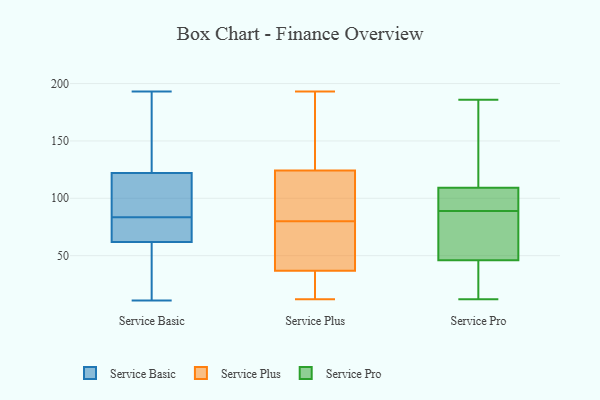
{"axis": {"x": "Operating Costs (USD K)", "y": "Value"}, "legend": ["Service Basic", "Service Plus", "Service Pro"], "data": [{"x": "", "y": 193, "type": "Service Basic"}, {"x": "", "y": 35, "type": "Service Basic"}, {"x": "", "y": 94, "type": "Service Basic"}, {"x": "", "y": 62, "type": "Service Basic"}, {"x": "", "y": 34, "type": "Service Basic"}, {"x": "", "y": 100, "type": "Service Basic"}, {"x": "", "y": 155, "type": "Service Basic"}, {"x": "", "y": 69, "type": "Service Basic"}, {"x": "", "y": 73, "type": "Service Basic"}, {"x": "", "y": 97, "type": "Service Basic"}, {"x": "", "y": 122, "type": "Service Basic"}, {"x": "", "y": 70, "type": "Service Basic"}, {"x": "", "y": 11, "type": "Service Basic"}, {"x": "", "y": 174, "type": "Service Basic"}, {"x": "", "y": 80, "type": "Service Plus"}, {"x": "", "y": 152, "type": "Service Plus"}, {"x": "", "y": 170, "type": "Service Plus"}, {"x": "", "y": 73, "type": "Service Plus"}, {"x": "", "y": 115, "type": "Service Plus"}, {"x": "", "y": 30, "type": "Service Plus"}, {"x": "", "y": 193, "type": "Service Plus"}, {"x": "", "y": 60, "type": "Service Plus"}, {"x": "", "y": 33, "type": "Service Plus"}, {"x": "", "y": 93, "type": "Service Plus"}, {"x": "", "y": 22, "type": "Service Plus"}, {"x": "", "y": 108, "type": "Service Plus"}, {"x": "", "y": 54, "type": "Service Plus"}, {"x": "", "y": 12, "type": "Service Plus"}, {"x": "", "y": 158, "type": "Service Plus"}, {"x": "", "y": 109, "type": "Service Plus"}, {"x": "", "y": 38, "type": "Service Plus"}, {"x": "", "y": 63, "type": "Service Pro"}, {"x": "", "y": 110, "type": "Service Pro"}, {"x": "", "y": 47, "type": "Service Pro"}, {"x": "", "y": 43, "type": "Service Pro"}, {"x": "", "y": 35, "type": "Service Pro"}, {"x": "", "y": 67, "type": "Service Pro"}, {"x": "", "y": 186, "type": "Service Pro"}, {"x": "", "y": 80, "type": "Service Pro"}, {"x": "", "y": 38, "type": "Service Pro"}, {"x": "", "y": 158, "type": "Service Pro"}, {"x": "", "y": 109, "type": "Service Pro"}, {"x": "", "y": 89, "type": "Service Pro"}, {"x": "", "y": 94, "type": "Service Pro"}, {"x": "", "y": 101, "type": "Service Pro"}, {"x": "", "y": 12, "type": "Service Pro"}, {"x": "", "y": 145, "type": "Service Pro"}, {"x": "", "y": 89, "type": "Service Pro"}]}